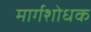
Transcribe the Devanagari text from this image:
मार्गशोधक